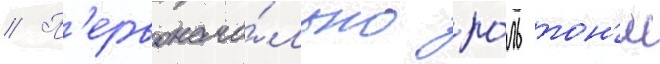
// П'ервонача́льно ро́ль тон'и